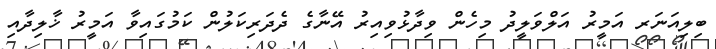
ބިލިއަނަރ އަމީރު އަލްވަލީދު މިހެން ވިދާޅުވިއިރު އޭނާގެ ދެދަރިކަލުން ކަމުގައިވާ އަމީރު ޚާލިދާއި